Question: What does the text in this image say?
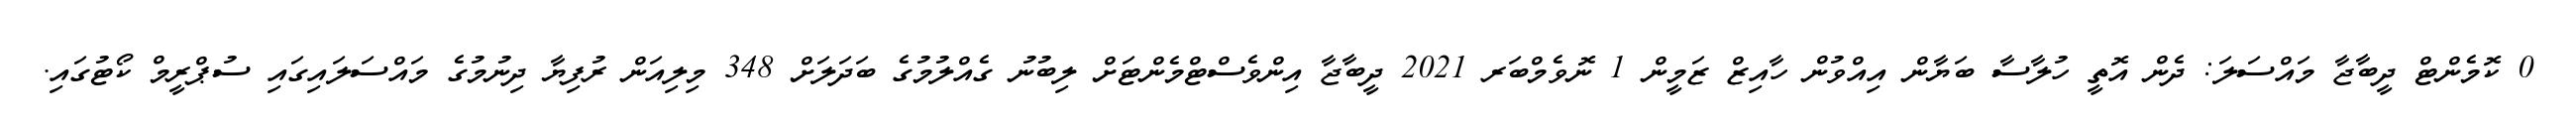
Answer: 0 ކޮމެންޓް ދީބާޖާ މައްސަލަ: ދެން އޮތީ ހުލާސާ ބަޔާން އިއްވުން ހާއިޒް ޒަމީން 1 ނޮވެމްބަރ 2021 ދީބާޖާ އިންވެސްޓްމެންޓަށް ލިބުނު ގެއްލުމުގެ ބަދަލަށް 348 މިލިއަން ރުފިޔާ ދިނުމުގެ މައްސަލައިގައި ސުޕްރީމް ކޯޓުގައި.